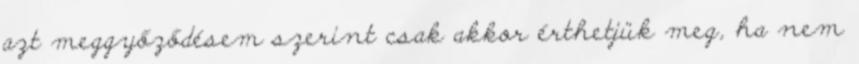
azt meggyőződésem szerint csak akkor érthetjük meg, ha nem